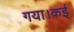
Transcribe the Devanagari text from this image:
गया।कई